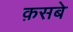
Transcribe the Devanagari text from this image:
क़सबे